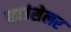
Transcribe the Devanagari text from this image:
काउंसेलर